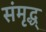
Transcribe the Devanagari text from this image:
संमृद्ध्